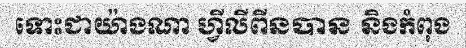
ទោះជាយ៉ាងណា ហ្វីលីពីនបាន និងកំពុង